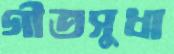
গীতসুধা